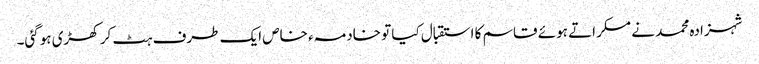
شہزادہ محمد نے مسکراتے ہوئے قاسم کا استقبال کیا تو خادمہء خاص ایک طرف ہٹ کر کھڑی ہوگئی۔